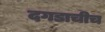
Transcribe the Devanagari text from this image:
दगडाचीच